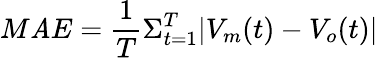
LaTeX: M\mathit{A}E=\frac{{1}}{{T}}\Sigma_{t=1}^{T}|V_{m}(t)-V_{o}(t)|